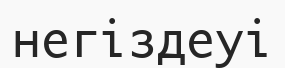
негіздеуі